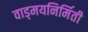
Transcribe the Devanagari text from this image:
वाड्मयनिर्मिती